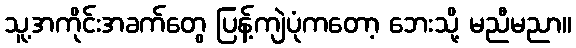
သူ့အကိုင်းအခက်တွေ ပြန့်ကျဲပုံကတော့ ဘေးသို့ မညီမညာ။